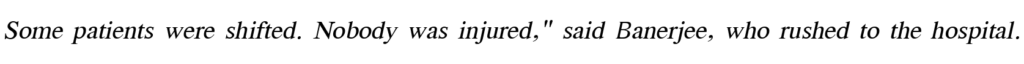
Some patients were shifted. Nobody was injured," said Banerjee, who rushed to the hospital.